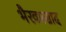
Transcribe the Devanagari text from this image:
भैरवप्रसाद